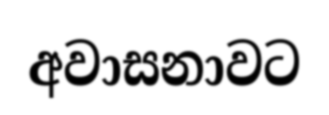
අවාසනාවට